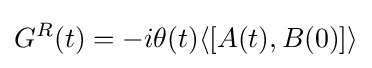
G^{R}(t)=-i\theta (t)\langle [A(t),B(0)]\rangle